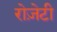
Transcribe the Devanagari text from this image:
रोज़ेटी